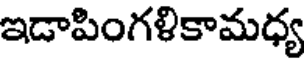
ఇడాపింగళికామధ్య